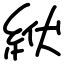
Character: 絥